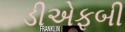
ડીએફબી